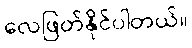
လေဖြတ်နိုင်ပါတယ်။